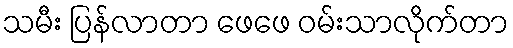
သမီး ပြန်လာတာ ဖေဖေ ဝမ်းသာလိုက်တာ